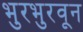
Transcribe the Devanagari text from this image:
भुरभुरवून